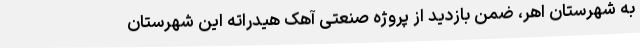
به شهرستان اهر، ضمن بازدید از پروژه صنعتی آهک هیدراته این شهرستان